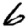
Digit: 6